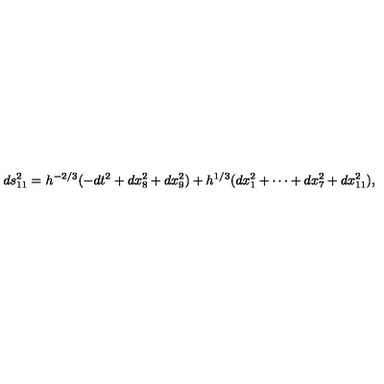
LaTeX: d s _ { 1 1 } ^ { 2 } = h ^ { - 2 / 3 } ( - d t ^ { 2 } + d x _ { 8 } ^ { 2 } + d x _ { 9 } ^ { 2 } ) + h ^ { 1 / 3 } ( d x _ { 1 } ^ { 2 } + \cdots + d x _ { 7 } ^ { 2 } + d x _ { 1 1 } ^ { 2 } ) ,